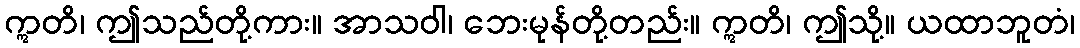
ဣတိ၊ ဤသည်တို့ကား။ အာသဝါ၊ ဘေးမုန်တို့တည်း။ ဣတိ၊ ဤသို့။ ယထာဘူတံ၊